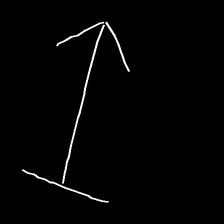
Glyph: levitation